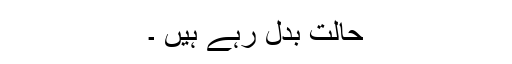
حالت بدل رہے ہیں ۔